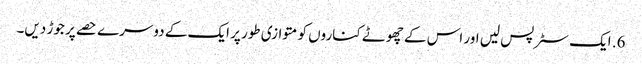
6. ایک سٹرپس لیں اور اس کے چھوٹے کناروں کو متوازی طور پر ایک کے دوسرے حصے پر جوڑ دیں۔